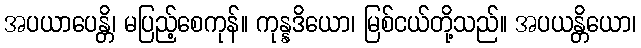
အပယာပေန္တိ၊ မပြည့်စေကုန်။ ကုန္နဒိယော၊ မြစ်ငယ်တို့သည်။ အပယန္တိယော၊